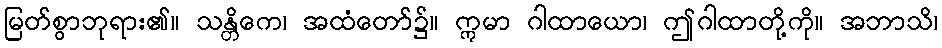
မြတ်စွာဘုရား၏။ သန္တိကေ၊ အထံတော်၌။ ဣမာ ဂါထာယော၊ ဤဂါထာတို့ကို။ အဘာသိ၊